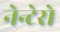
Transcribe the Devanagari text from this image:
नेन्टेरो